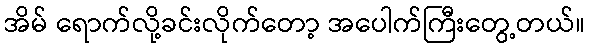
အိမ် ရောက်လို့ခင်းလိုက်တော့ အပေါက်ကြီးတွေ့တယ်။